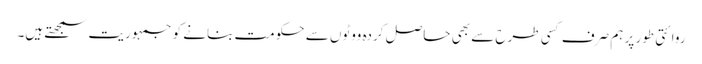
روائتی طور پر ہم صرف کسی طرح سے بھی حاصل کردہ ووٹوں سے حکومت بنانے کو جمہوریت سمجھتے ہیں۔